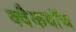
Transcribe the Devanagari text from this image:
क्वैकवॉच